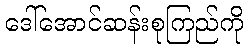
ဒေါ်အောင်ဆန်းစုကြည်ကို